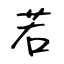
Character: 若